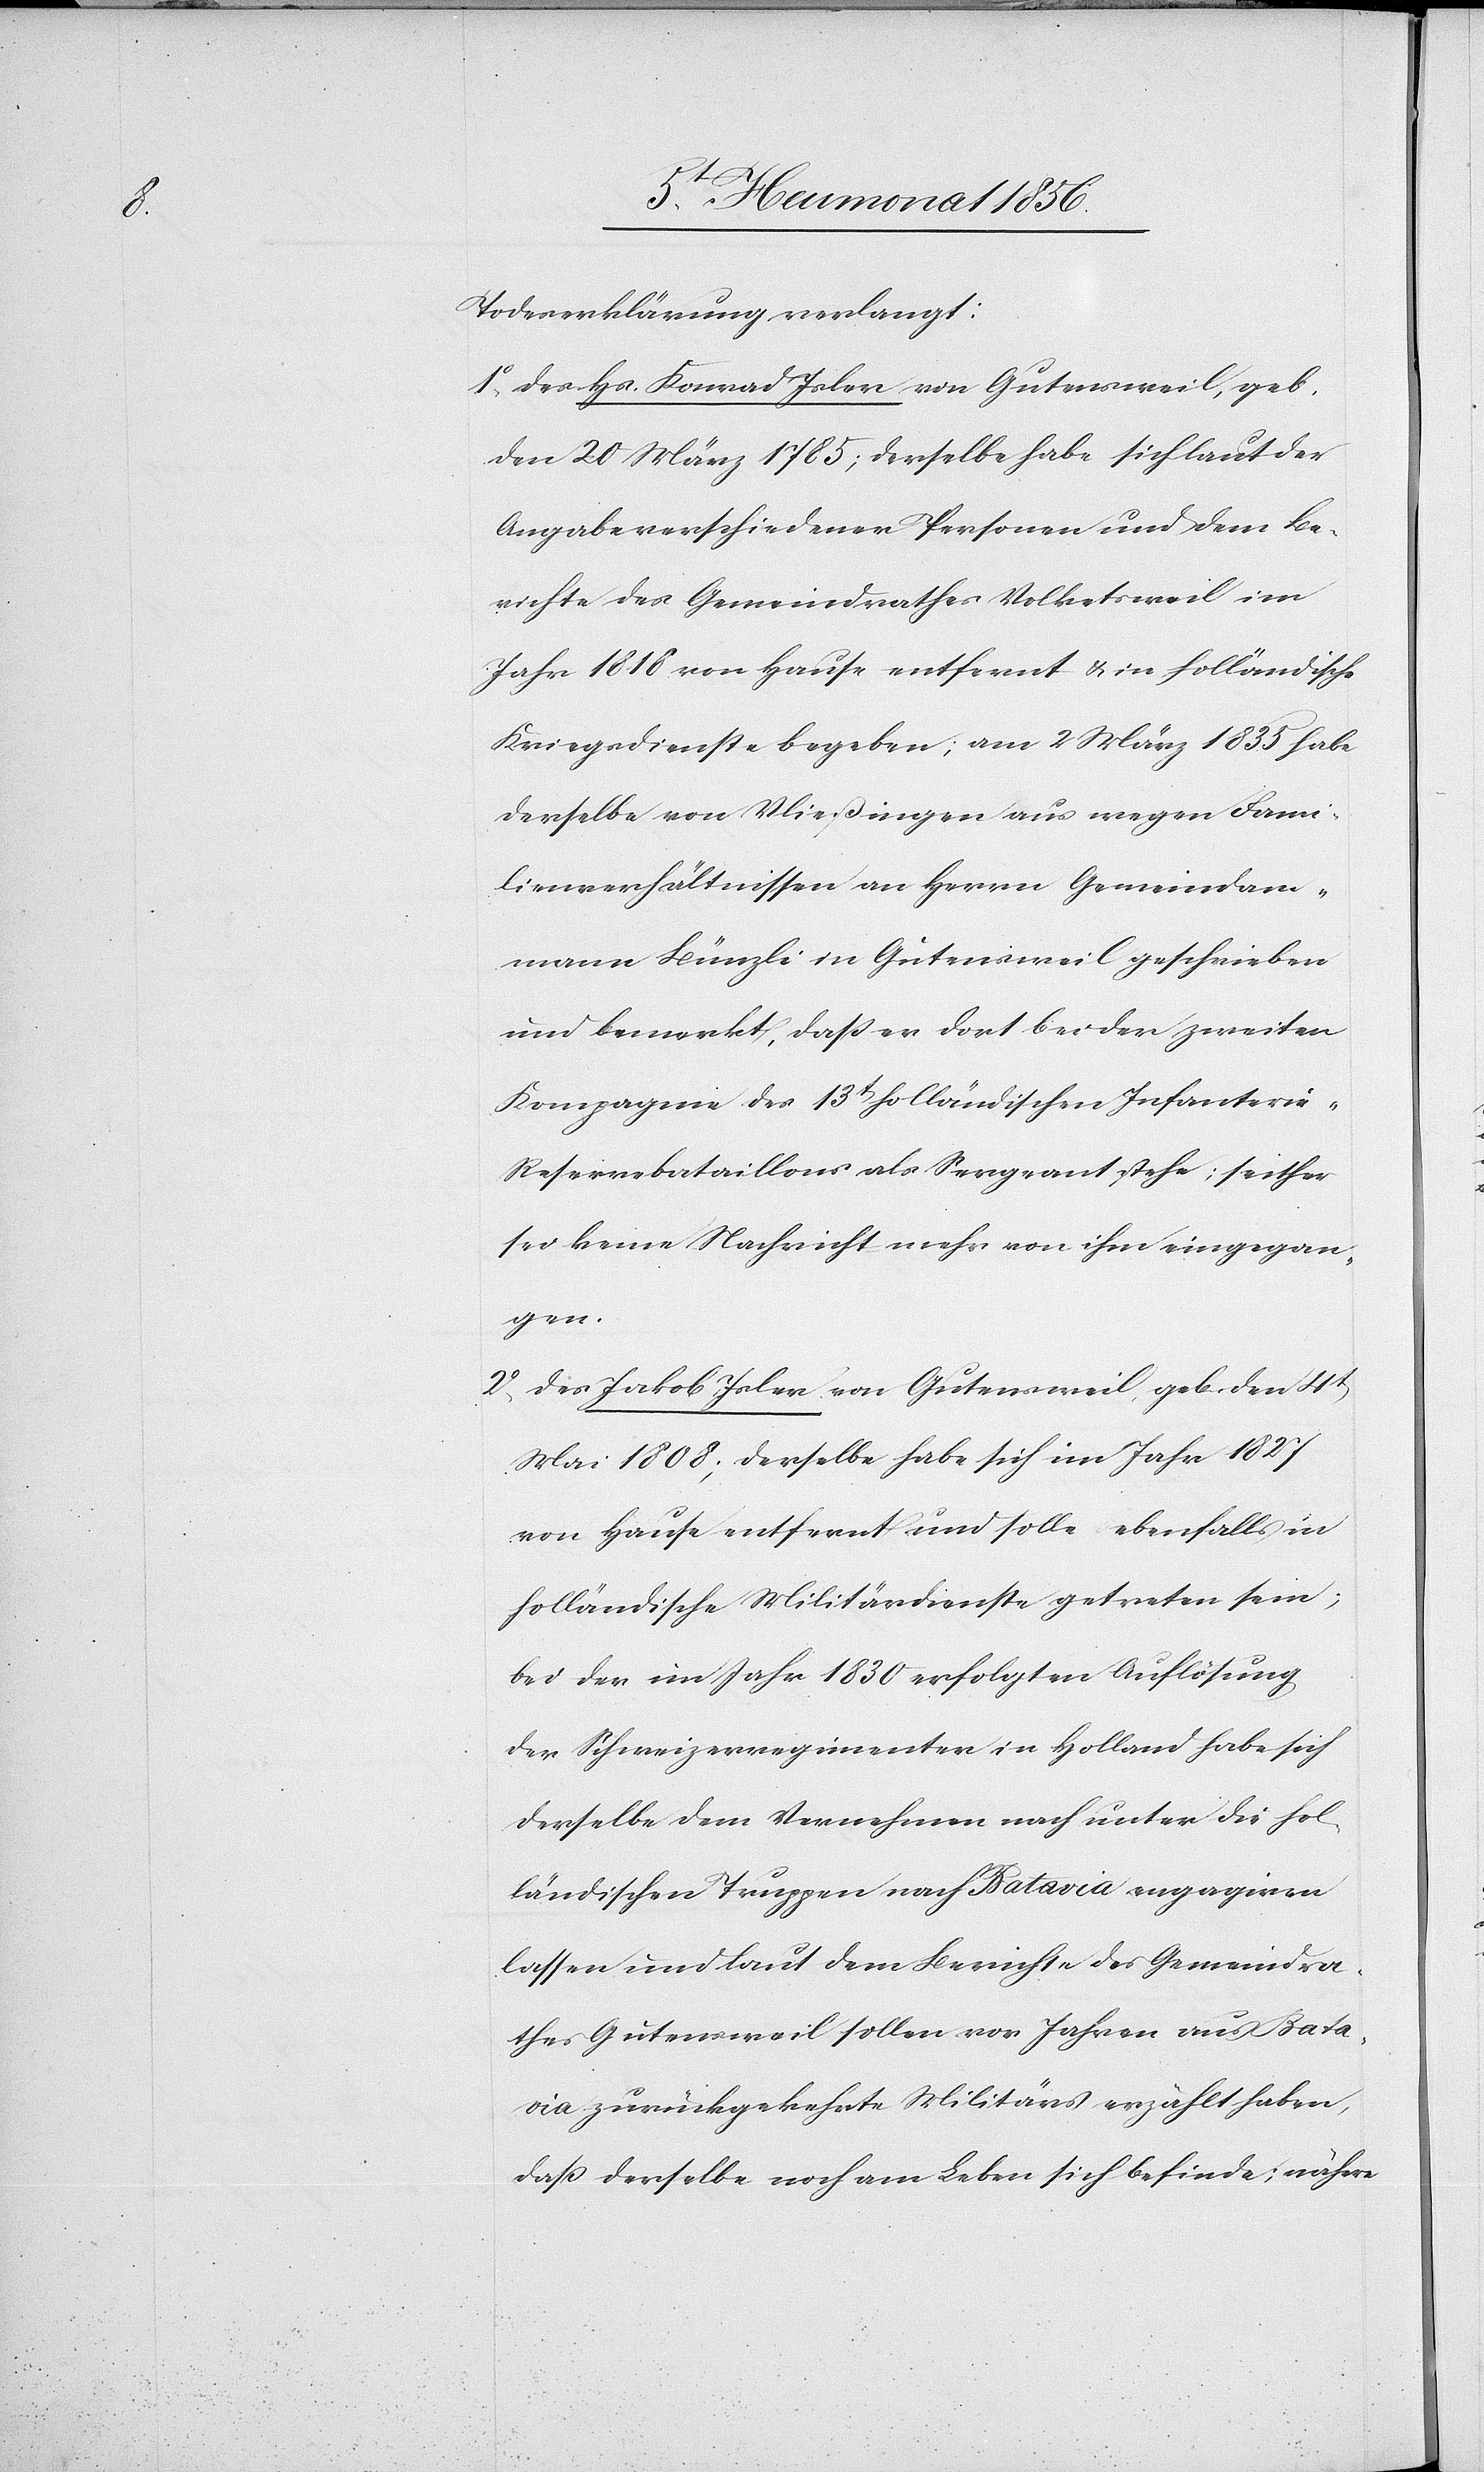
Todeserklärung verlangt:
1o Des Hs. Konrad Isler von Gutensweil, geb.
den 20 März 1785; derselbe habe sich laut der
Angabe verschiedener Personen und dem Be¬
richte des Gemeindrathes Volketsweil im
Jahr 1818 von Hause entfernt & in holländische
Kriegsdienste begeben; am 2 März 1835 habe
derselbe von Vließingen aus wegen Fami¬
lienverhältnissen an Herrn Gemeindam¬
mann Bünzli in Gutensweil geschrieben
und bemerkt, dass er dort bei der zweiten
Kompagnie des 13t holländischen Infanterie-R¬
eservebataillons als Sergeant stehe; seither
sei keine Nachricht mehr von ihm eingegan¬
gen.
2o Des Jakob Isler von Gutensweil, geb. den 4t
Mai 1808; derselbe habe sich im Jahr 1827
von Hause entfernt und solle ebenfalls in
holländische Militärdienste getreten sein;
bei der im Jahr 1830 erfolgten Auflösung
der Schweizerregimenten in Holland habe sich
derselbe dem Vernehmen nach unter die hol¬
ländischen Truppen nach Batavia engagiren
lassen und laut dem Berichte des Gemeindra¬
thes Gutensweil sollen vor Jahren aus Bata¬
via zurückgekehrte Militärs erzählt haben,
dass derselbe noch am Leben sich befinde; nähere